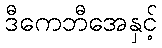
ဒီကေဘီအေနှင့်